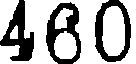
480